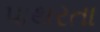
પાથરતા